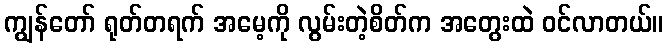
ကျွန်တော် ရုတ်တရက် အမေ့ကို လွမ်းတဲ့စိတ်က အတွေးထဲ ဝင်လာတယ်။